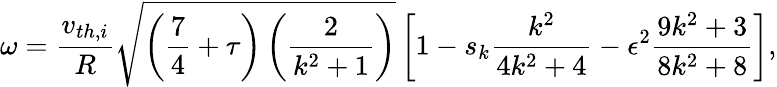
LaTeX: \omega=\frac{v_{th,i}}{R}\sqrt{\left(\frac{7}{4}+\tau\right)\left(\frac{2}{k^{2}+1}\right)}\left[1-s_{k}\frac{k^{2}}{4k^{2}+4}-\epsilon^{2}\frac{9k^{2}+3}{8k^{2}+8}\right],